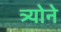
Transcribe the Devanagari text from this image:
त्र्योने